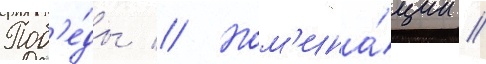
Поб'е́ды // Ном'ина́ции //